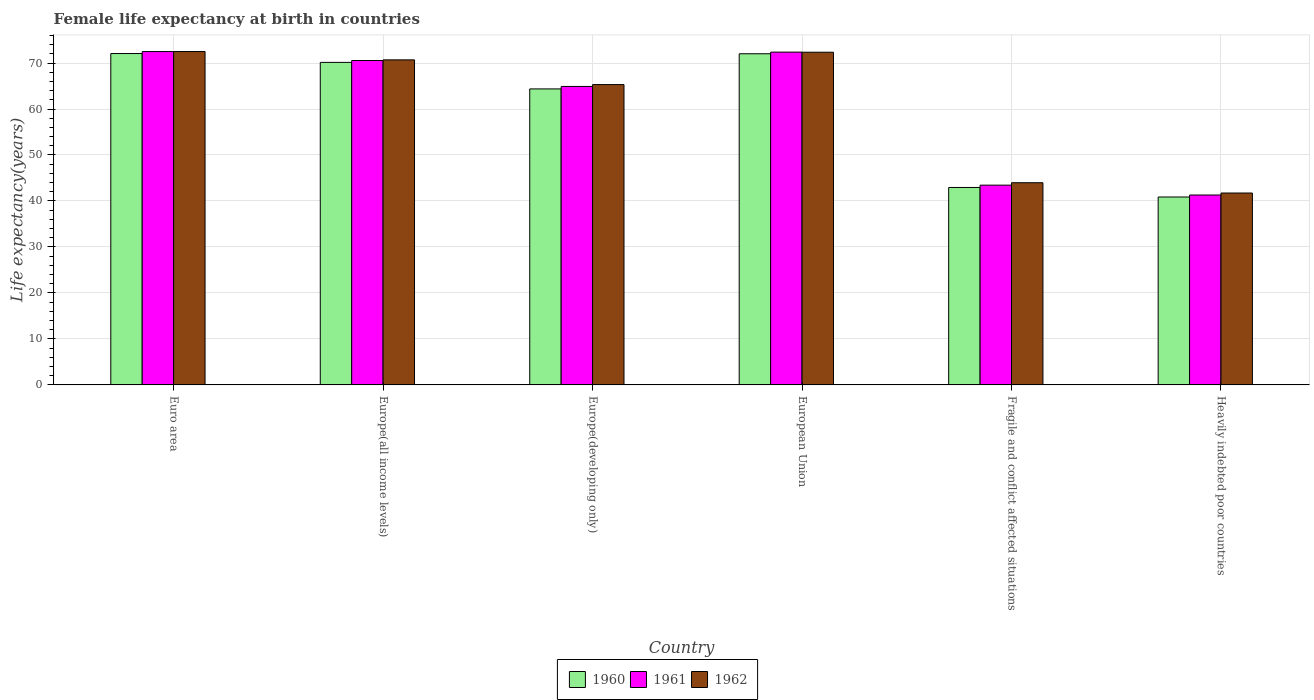
| Country | 1960 | 1961 | 1962 |
 | --- | --- | --- | --- |
 | Euro area | 72.1 | 72.5 | 72.5 |
 | Europe(all income levels) | 70.1 | 70.5 | 70.7 |
 | Europe(developing only) | 64.4 | 64.9 | 65.3 |
 | European Union | 72 | 72.4 | 72.3 |
 | Fragile and conflict affected situations | 42.9 | 43.4 | 44 |
 | Heavily indebted poor countries | 40.9 | 41.3 | 41.7 |